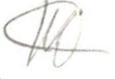
T K